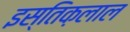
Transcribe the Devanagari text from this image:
इस्तिक़लाल